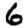
Digit: 6